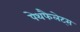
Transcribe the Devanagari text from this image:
पेथफैलेट्स